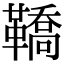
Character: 鞽